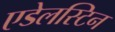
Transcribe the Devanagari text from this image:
एडेलस्टिन